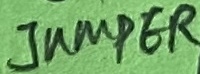
Text: JUMPER